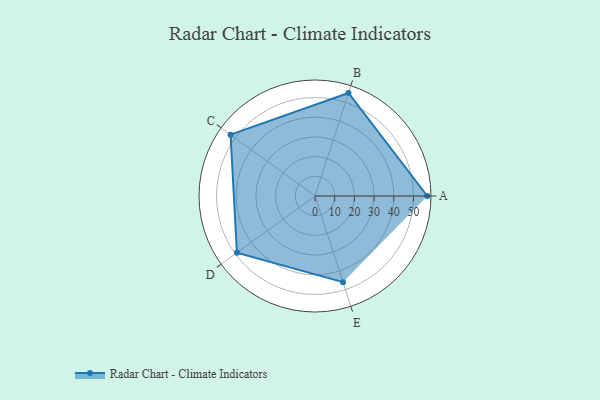
{"axis": {"x": "Skill", "y": "Score"}, "legend": ["Profile"], "data": [{"x": "A", "y": 57.0, "type": "Profile"}, {"x": "B", "y": 55.0, "type": "Profile"}, {"x": "C", "y": 53.0, "type": "Profile"}, {"x": "D", "y": 49.0, "type": "Profile"}, {"x": "E", "y": 46.0, "type": "Profile"}]}